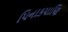
પિનાકપાણિ